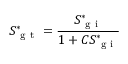
S _ { \mathrm { ~ g ~ t ~ } } ^ { * } = \frac { S _ { \mathrm { ~ g ~ i ~ } } ^ { * } } { 1 + C S _ { \mathrm { ~ g ~ i ~ } } ^ { * } }